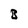
Character: B